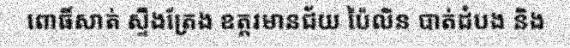
ពោធិ៍សាត់ ស្ទឹងត្រែង ឧត្តរមានជ័យ ប៉ៃលិន បាត់ដំបង និង